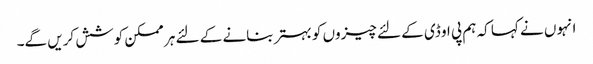
انہوں نے کہا کہ ہم پی او ڈی کے لئے چیزوں کو بہتر بنانے کے لئے ہر ممکن کوشش کریں گے۔